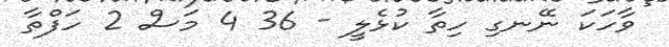
ވާހަކަ ނޭނގި ހިތާ ކުޅެލީ - 36 4 މަސް 2 ހަފްތާ